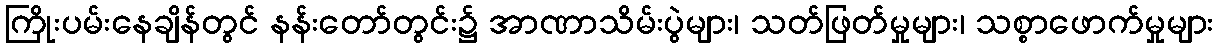
ကြိုးပမ်းနေချိန်တွင် နန်းတော်တွင်း၌ အာဏာသိမ်းပွဲများ၊ သတ်ဖြတ်မှုများ၊ သစ္စာဖောက်မှုများ